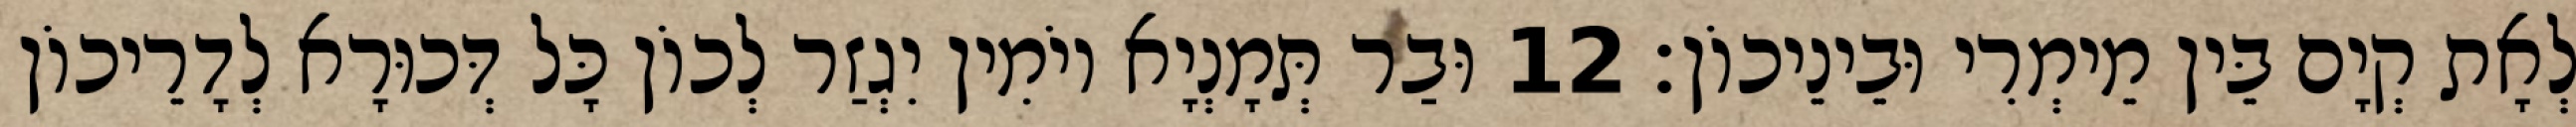
לְאָת קְיָם בֵּין מֵימְרִי וּבֵינֵיכוֹן׃ 12 וּבַר תְּמָנְיָא יוֹמִין יִגְזַר לְכוֹן כָּל דְּכוּרָא לְדָרֵיכוֹן